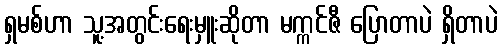
ရှမစ်ဟာ သူ့အတွင်းရေးမှူးဆိုတာ မက္ကင်ဇီ ပြောတာပဲ ရှိတာပဲ